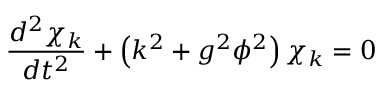
\frac { d ^ { 2 } \chi _ { k } } { d t ^ { 2 } } + \left( k ^ { 2 } + g ^ { 2 } \phi ^ { 2 } \right) \chi _ { k } = 0